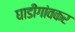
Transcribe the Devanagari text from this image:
घाडीगांवकर